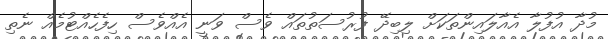
މުދާ އުފުލާ އެއާލައިންތަކަށް ލިބިދޭ ފުރުސަތުތައް ވެސް ވަނީ އެއްވެސް ހިފެހެއްޓުމެއް ނެތި